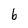
Character: 6